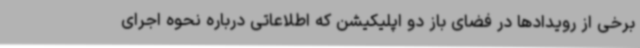
برخی از رویدادها در فضای باز دو اپلیکیشن که اطلاعاتی درباره نحوه اجرای